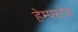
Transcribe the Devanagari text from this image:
हेम्पस्टेड